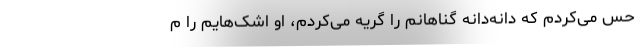
حس می‌کردم که دانه‌دانه گناهانم را گریه می‌کردم، او اشک‌هایم را م